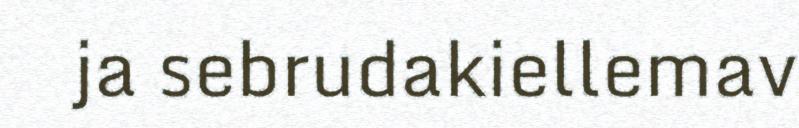
ja sebrudakiellemav